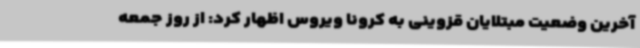
آخرین وضعیت مبتلایان قزوینی به کرونا ویروس اظهار کرد: از روز جمعه